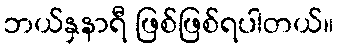
ဘယ်နှနာရီ ဖြစ်ဖြစ်ရပါတယ်။